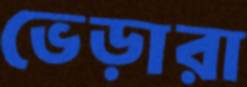
ভেড়ারা